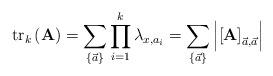
LaTeX: \begin{align*} {\rm{t}}{{\rm{r}}_k}\left( {\bf{A}} \right) = \sum\limits_{\left\{ {\vec{a}} \right\}}{\prod\limits_{i = 1}^{k}{\lambda_{x,a_i}}}=\sum\limits_{\left\{ {\vec{a}} \right\}} {\left| {{{\left[ {\bf{A}} \right]}_{{\vec{a}},{\vec{a}}}}} \right|}\end{align*}